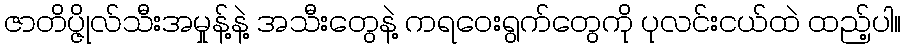
ဇာတိပ္ဇိုလ်သီးအမှုန့်နဲ့ အသီးတွေနဲ့ ကရဝေးရွက်တွေကို ပုလင်းငယ်ထဲ ထည့်ပါ။